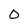
Character: 0